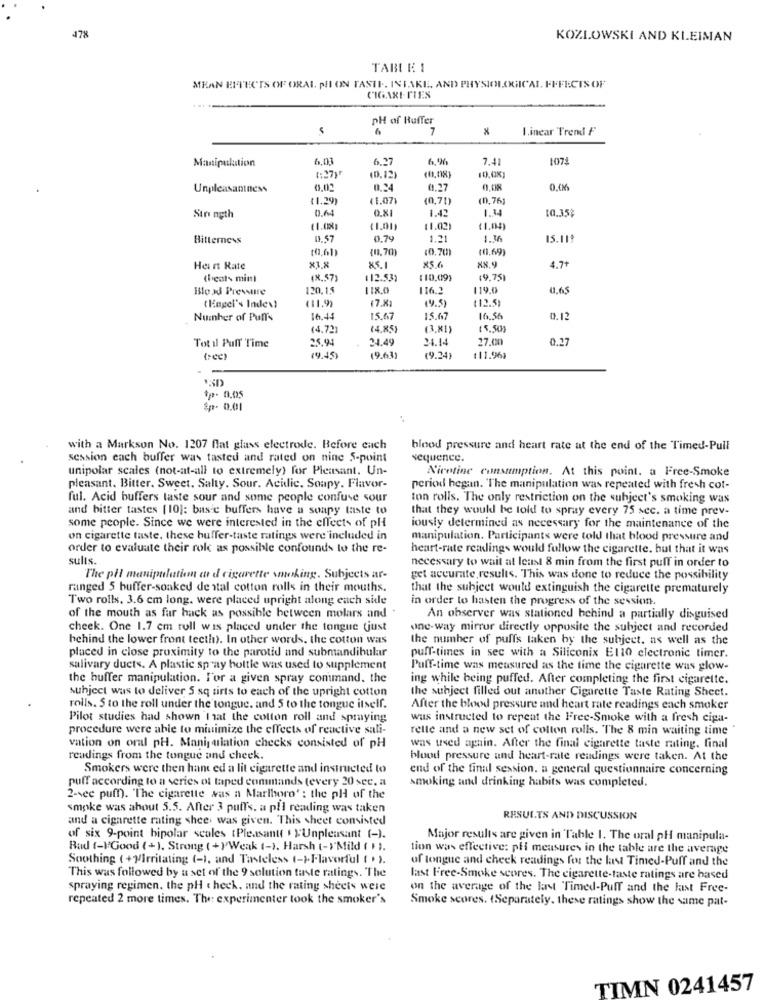
478
KOZLOWSKI AND KLEIMAN
TABE E 1
MEAN EFFECTS OF ORAL PI ON TASTI. INTAKE. AND PHYSIOLOGICAL EFFECTS OF
CIGARITIES
PH of Ruffer
7
linear Trend F
Manipulation
6,01
6.27
6,90
7.41
1072
(:27)"
(0,12)
Unpleasantness
0,24
0,27
0.00
$1.29
(1.07
(0,70)
(0.76)
0.64
0.81
1.4
Strength
1.42
1.00
$1.02)
11.04)
Bitterness
0.57
0.79
1.21
1.36
10.61)
(11,70)
10.70)
11.69
Hart Rate
85.1
XS.6
88.9
4.7+
theals mint
18, 57)
112.53)
(10,09)
(9,75)
Blood Pressure
120.15
118.0
116.3
119.0
0,65
(7.X)
112.5)
Engel's Indevi
(9.5)
Number of Puff's
16.44
15.67
15.67
16.56
0.12
(4.72
(4, 85)
(3,81)
( 5.50)
25.94
24.49
24.14
27.00
0.27
Tot il Puff Time
tee)
14.45
(9.63)
(9.24]
111.961
*p- 0,05
Sp- 0.01
with a Markson No. 1207 flat glass electrode. Before each
blood pressure and heart rate at the end of the Timed-Pull
session each buffer was tasted and rated on nine 5-point
sequence.
unipolar scales (not-at-all to extremely) for Pleasant. Un-
Nicotine consumption. At this point, a Free-Smoke
pleasant. Bitter. Sweet, Salty. Sour. Acidic. Soupy. Flavor-
period hegan. "The manipulation was repeated with fresh cot-
ful. Acid buffers taste sour and some people confuse sour
ton rolls. The only restriction on the subject's smoking was
and bitter tastes [10]: base buffers have a soapy taste to
that they would be told to spray every 75 sec. a time prev-
some people. Since we were interested in the effects of pli
iously determined as necessary for the maintenance of the
on cigarette taste, these buffer-taste ratings were included in
manipulation. Participants were told that blood pressure and
order to evaluate their role as possible confounds to the re-
heart-rate readings would follow the cigarette, but that it was
sults.
necessary to wait at least 8 min from the first puff in order to
The pHl manipulation a d cigarette smoking. Subjects ar-
get accurate results. This was done to reduce the possibility
ranged 5 buffer-soaked de stal cotton rolls in their mouths.
that the subject would extinguish the cigarette prematurely
Two rolls. 3.6 cm long. were placed upright along each side
in order to hasten the progress of the session.
of the mouth as far hack as possible between molars and
An observer was stationed behind a partially disguised
cheek. One 1.7 cm rull was placed under the tongue (just
one-way mirror directly opposite the subject and recorded
behind the lower front teeth). In other words. the cotton was
the number of puffs taken by the subject, as well as the
placed in close proximity to the parotid and submandibular
puff-times in sec with a Siliconix El10 electronic timer.
salivary ducts. A plastic spray bottle was used to supplement
Puff-time was measured as the time the cigarette was glow-
the buffer manipulation. I'or a given spray command. the
ing while being puffed. After completing the first cigarette.
subject was to deliver 5 sq tirts to each of the upright cotton
the subject filled out another Cigarette Taste Rating Sheet.
rolls. $ to the roll under the tongue. and 5 to the tongue itself.
After the blood pressure and heart rate readings each smoker
Pilot studies had shown that the cotton roll and spraying
wus instructed to repeat the Free-Smoke with a fresh cipa-
procedure were able to minimize the effects of reactive sali-
relle and a new set of colton rolls. The 8 min waiting time
vation on oral pH. Manipulation checks consisted of pH
was used again. After the final cigarette taste rating. final
readings from the tongue and cheek
blood pressure and heart-rate readings were taken. At the
Smokers were then hant ed a lit cigarette and instructed to
end of the final session. a general questionnaire concerning
puff according to a series of taped commands (every 20 sec, a
smoking and drinking habits was completed.
2-vec puff). 'The cigarette was a Marlboro' : the pH of the
smoke was about 5.5. After 3 puffs, a pll reading was taken
and a cigarette rating shee, was given. This sheet consisted
RESULTS AND DISCUSSION
of six 9-point bipolar scales (Pleasant( ' y'Unpleasant (-).
Major results are given in Table 1. The oral pH manipula-
Bad (-)Good (+). Strong (+) Weak (-). Harsh (->'Mild ( 1).
tion was effective: pli measures in the table are the average
Soothing ( +M/Irritating (-), and Tasteless (-)Flavorful ( ").
of tongue and cheek readings for the last Timed-Puff and the
This was followed by a set of the 9 solution taste ratings. The
last Free-Smoke scores. The cigarette-taste ratings are based
spraying regimen. the pH theck. and the rating sheets were
on the average of the last Timed-Puff and the kast Free-
repeated 2 more times. The experimenter took the smoker's
Smoke scores. (Separately, these ratings show the same pat-
TIMN 0241457